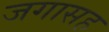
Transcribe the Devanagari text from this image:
जगासह